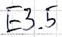
Text: E3.5